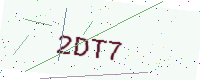
Text: 2DT7